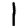
Digit: 1